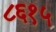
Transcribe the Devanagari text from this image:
८६१५